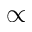
\propto